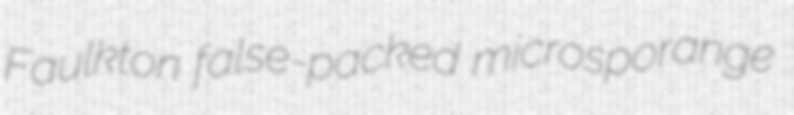
Faulkton false-packed microsporange